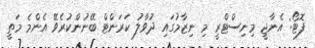
ފޮޓޯ: އެނާޖީ މިނިސްޓްރީ މި ނިޒާމުގައި ދުވާލު ކަރަންޓް ބޭނުންކުރެވޭ އެންމެ މަތީ